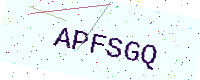
Text: APFSGQ